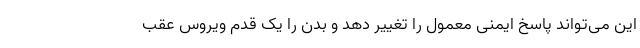
این می‌تواند پاسخ ایمنی معمول را تغییر دهد و بدن را یک قدم ویروس عقب